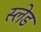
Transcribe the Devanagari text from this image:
स्‍लेड